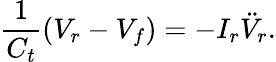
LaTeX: \frac{1}{C_{t}}(V_{r}-V_{f})=-I_{r}\ddot{V}_{r}.